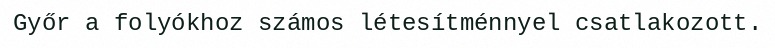
Győr a folyókhoz számos létesítménnyel csatlakozott.